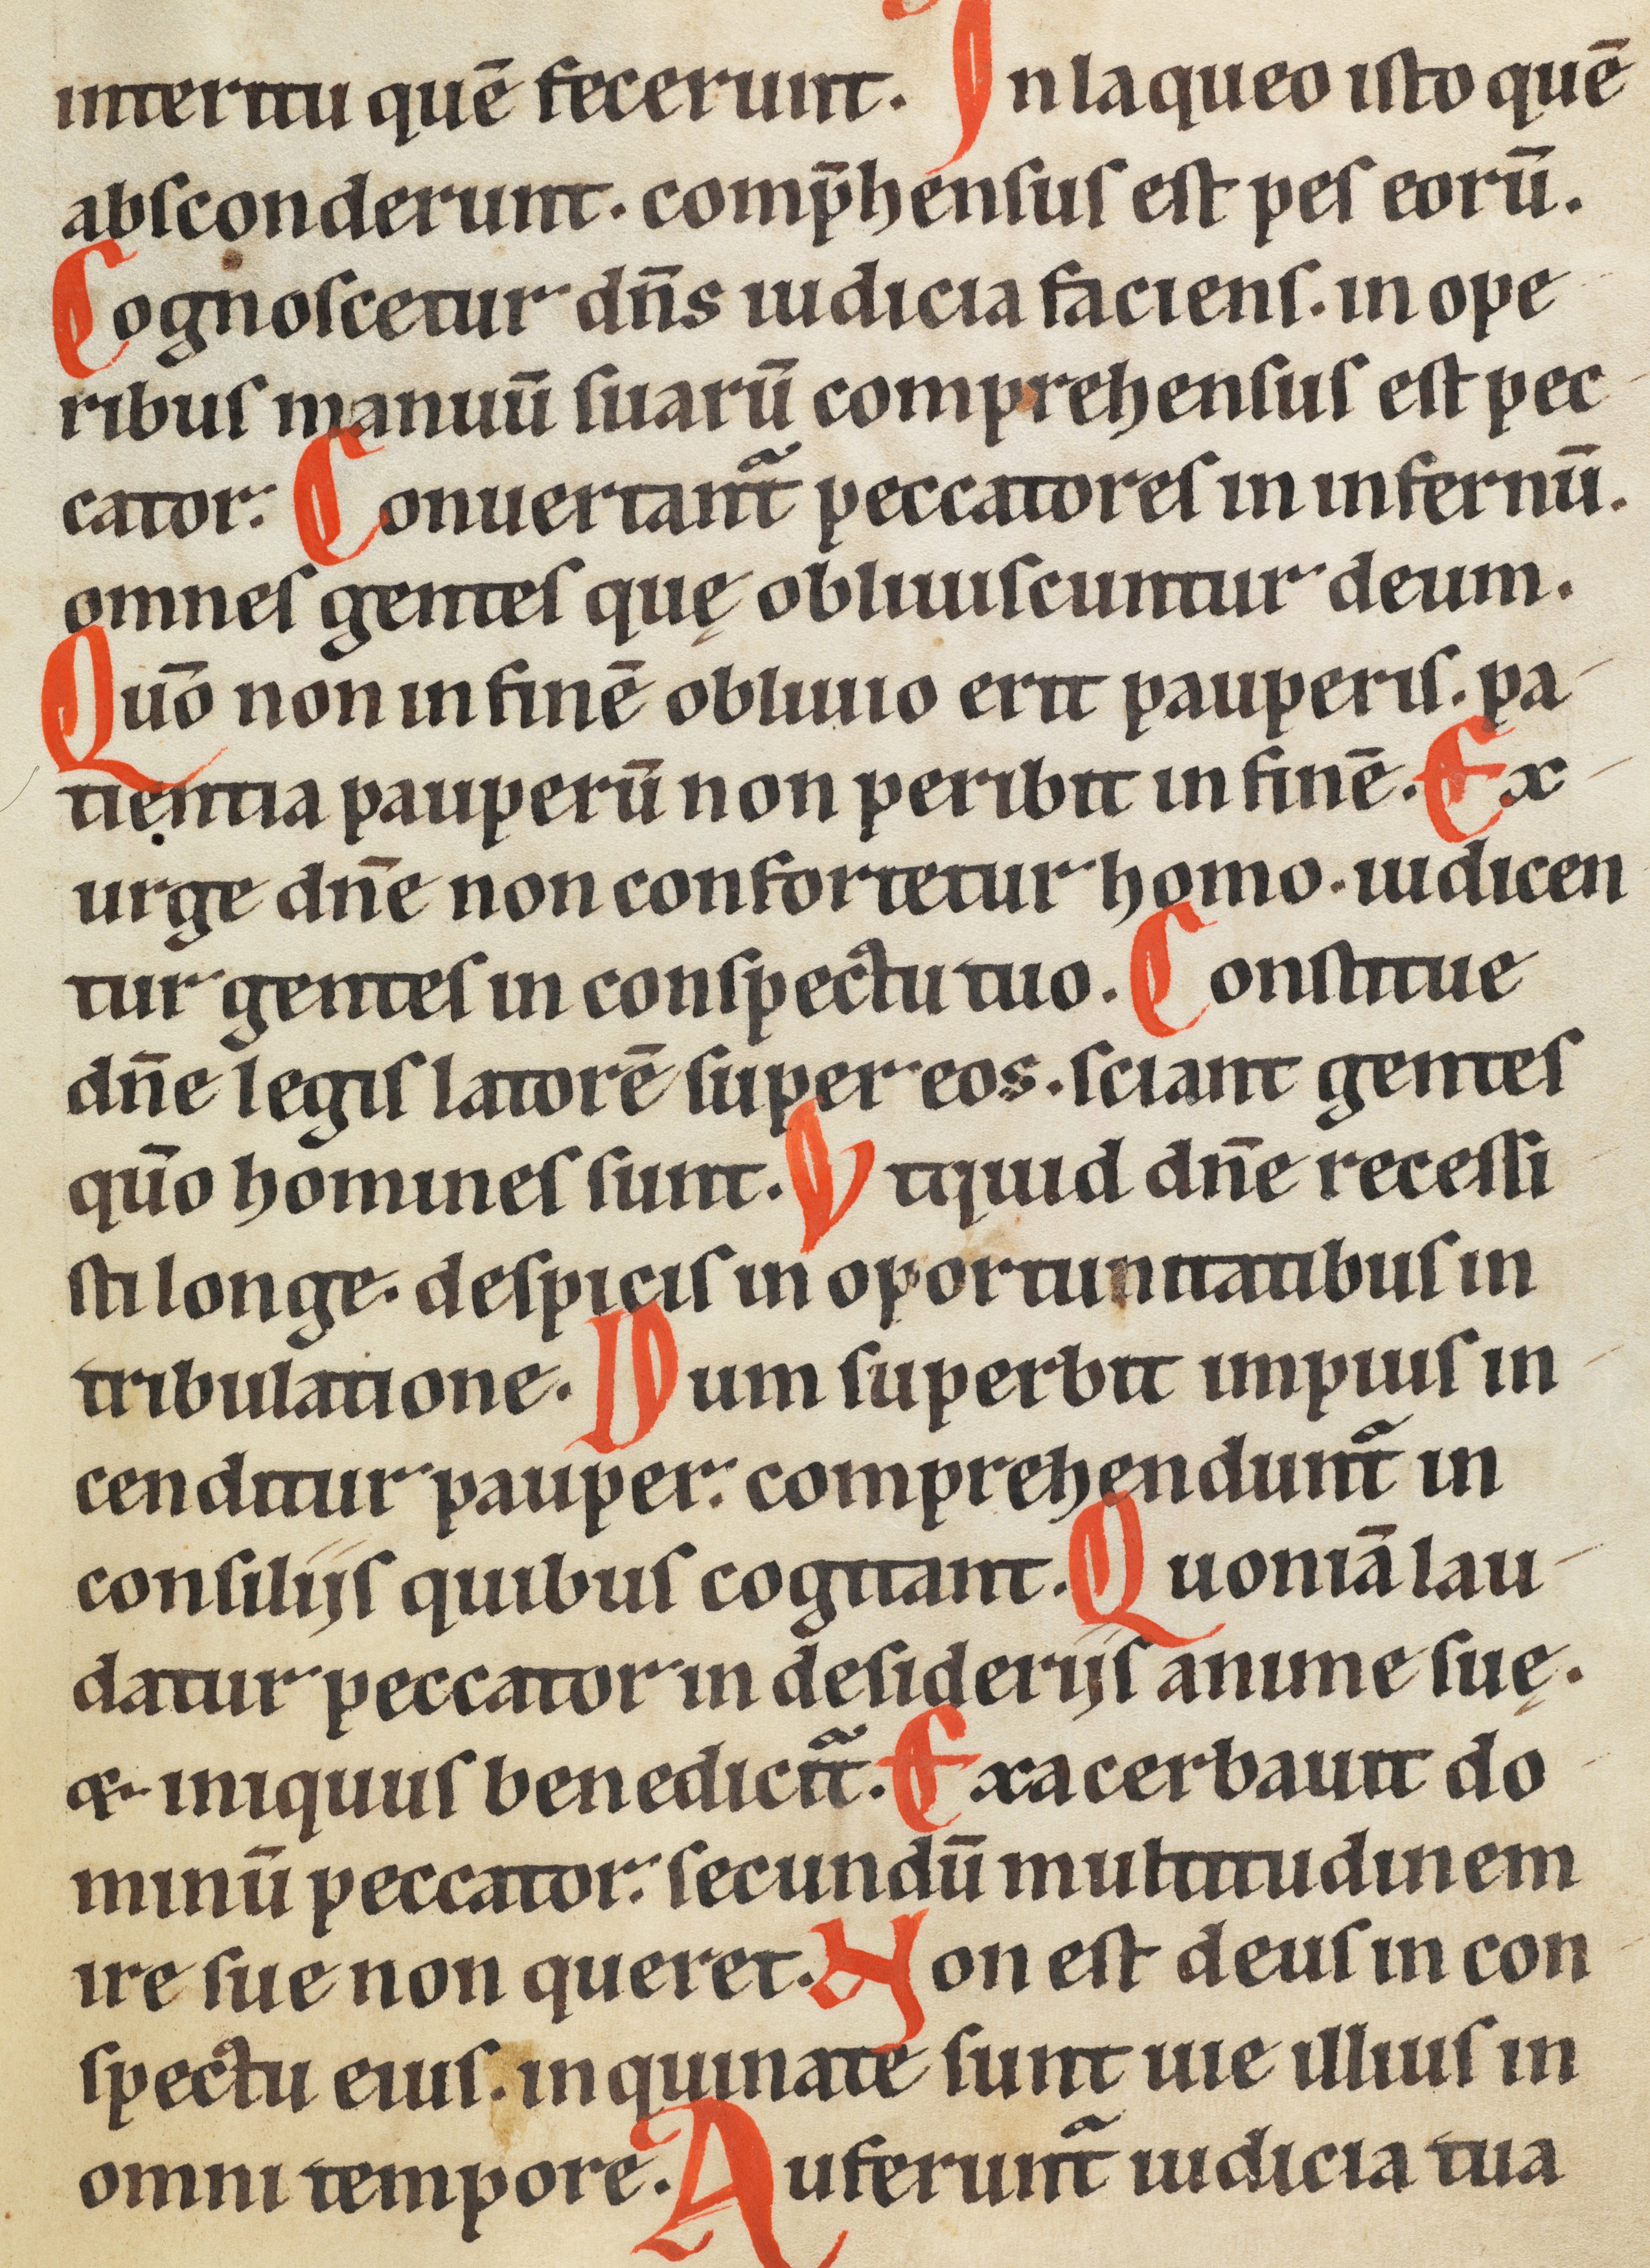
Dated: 1185–1249